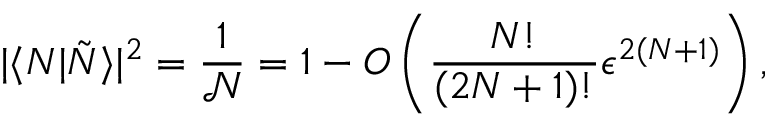
| \langle N | \tilde { N } \rangle | ^ { 2 } = \frac { 1 } { \mathcal { N } } = 1 - O \left( \frac { N ! } { ( 2 N + 1 ) ! } \epsilon ^ { 2 ( N + 1 ) } \right) ,